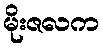
မိုးဇလက